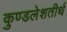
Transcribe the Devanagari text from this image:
कुण्डलेशतीर्थ